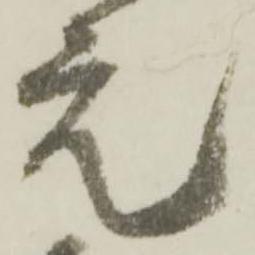
元